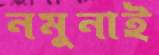
নমুনাই